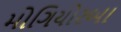
મોગિયોરબા